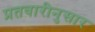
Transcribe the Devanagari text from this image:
प्रतवारीनुसार